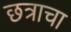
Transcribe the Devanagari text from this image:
छत्राचा